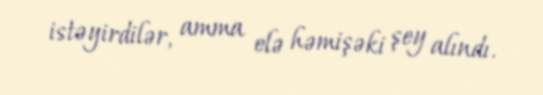
istəyirdilər, amma elə həmişəki şey alındı.